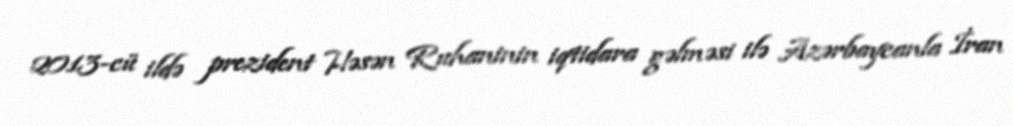
2013-cü ildə prezident Həsən Ruhaninin iqtidara gəlməsi ilə Azərbaycanla İran